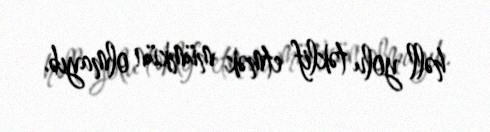
həll yolu təklif etmək mümkün olmayıb.